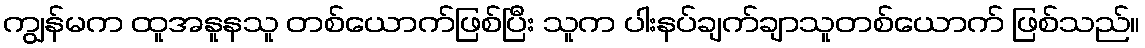
ကျွန်မက ထူအနူနသူ တစ်ယောက်ဖြစ်ပြီး သူက ပါးနပ်ချက်ချာသူတစ်ယောက် ဖြစ်သည်။